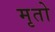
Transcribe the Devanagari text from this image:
मृतो